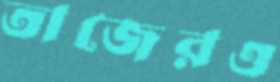
তাজেরও